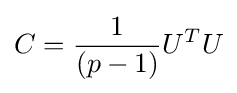
C={\frac {1}{(p-1)}}U^{T}U